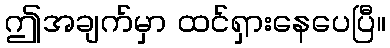
ဤအချက်မှာ ထင်ရှားနေပေပြီ။